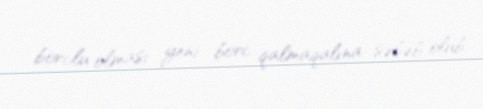
borclu olması yeni borc qalmaqalına səbəb olub.